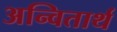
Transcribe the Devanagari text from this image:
अन्वितार्थ